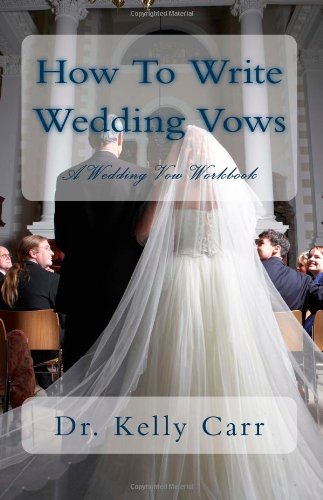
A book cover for How To Write Wedding Vows: A Wedding Vow Workbook (Volume 1); Dr. Kelly Carr; Crafts, Hobbies & Home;